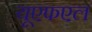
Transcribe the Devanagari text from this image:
यूएफएल